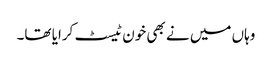
وہاں میں نے بھی خون ٹیسٹ کرایا تھا۔